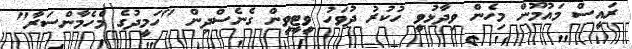
ރައީސް މައުމޫން މިހެން ވިދާޅުވީ ހުކުރު ދުވަހު ވީޓީވީން ގެނެސްދިން "ހަމީދުގެ މެހެމާންސަރާ"